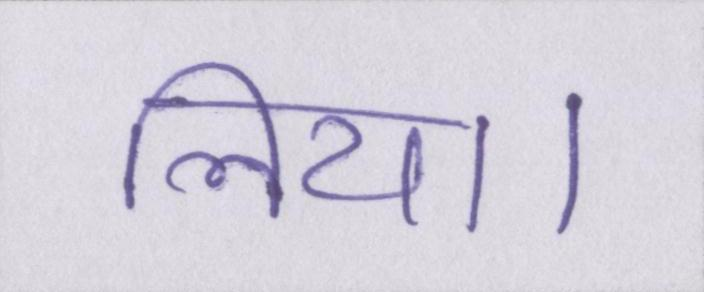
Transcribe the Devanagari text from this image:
लिया।